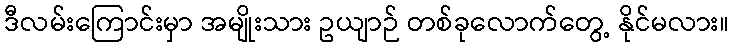
ဒီလမ်းကြောင်းမှာ အမျိုးသား ဥယျာဉ် တစ်ခုလောက်တွေ့ နိုင်မလား။